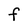
Character: F